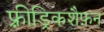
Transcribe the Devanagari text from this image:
फ़्रीड्रिकशैफ़न